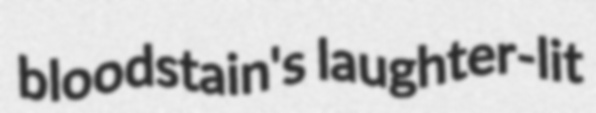
bloodstain's laughter-lit